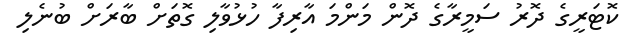
ކޮޓަރީގެ ދޮރު ސަމީރާގެ ދޮން މަންމަ އާރިފާ ހުޅުވާލި ގޮތަށް ބާރަށް ބުނެލި